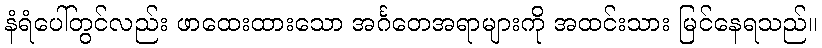
နံရံပေါ်တွင်လည်း ဖာထေးထားသော အင်္ဂတေအရာများကို အထင်းသား မြင်နေရသည်။